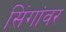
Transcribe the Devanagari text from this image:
सिंगांवर